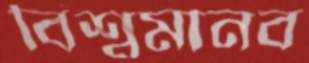
বিশ্বমানব